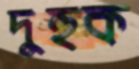
দুহুক